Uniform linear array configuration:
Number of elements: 64
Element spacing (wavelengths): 1
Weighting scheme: cosine
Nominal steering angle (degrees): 45
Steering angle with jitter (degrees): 44.34
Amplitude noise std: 0.05
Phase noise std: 0.05

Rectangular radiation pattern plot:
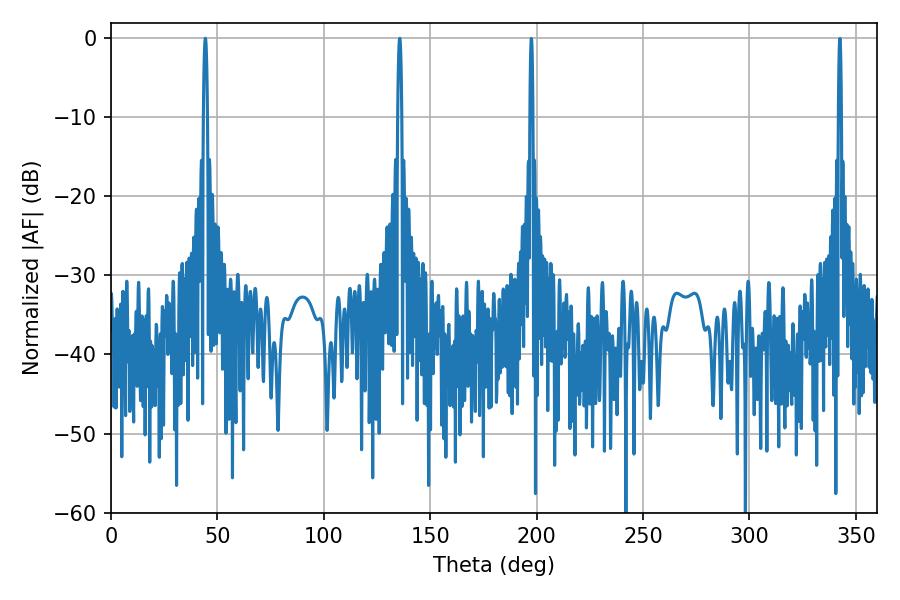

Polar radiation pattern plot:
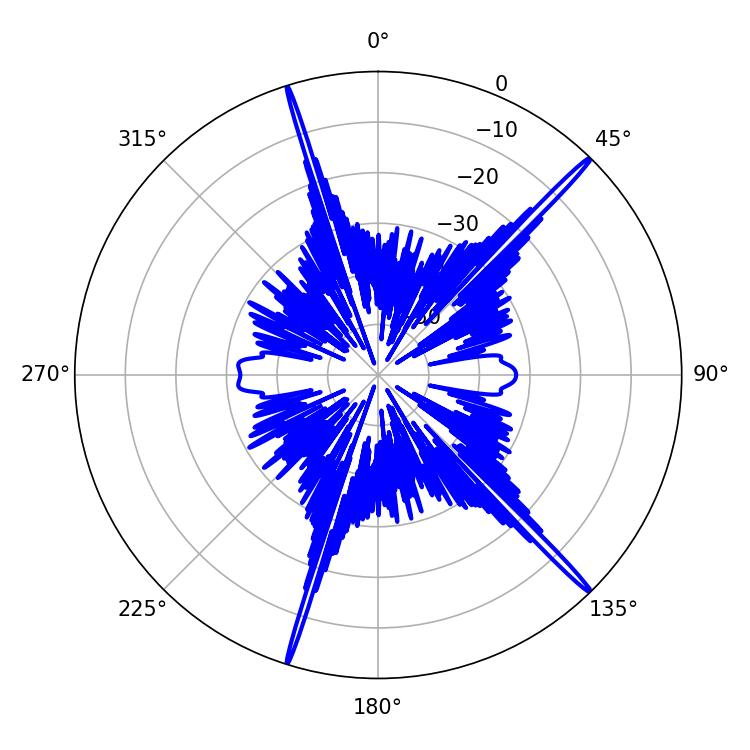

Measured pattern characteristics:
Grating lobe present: TRUE
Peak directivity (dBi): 19.818
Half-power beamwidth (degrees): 0.9
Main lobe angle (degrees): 44.28